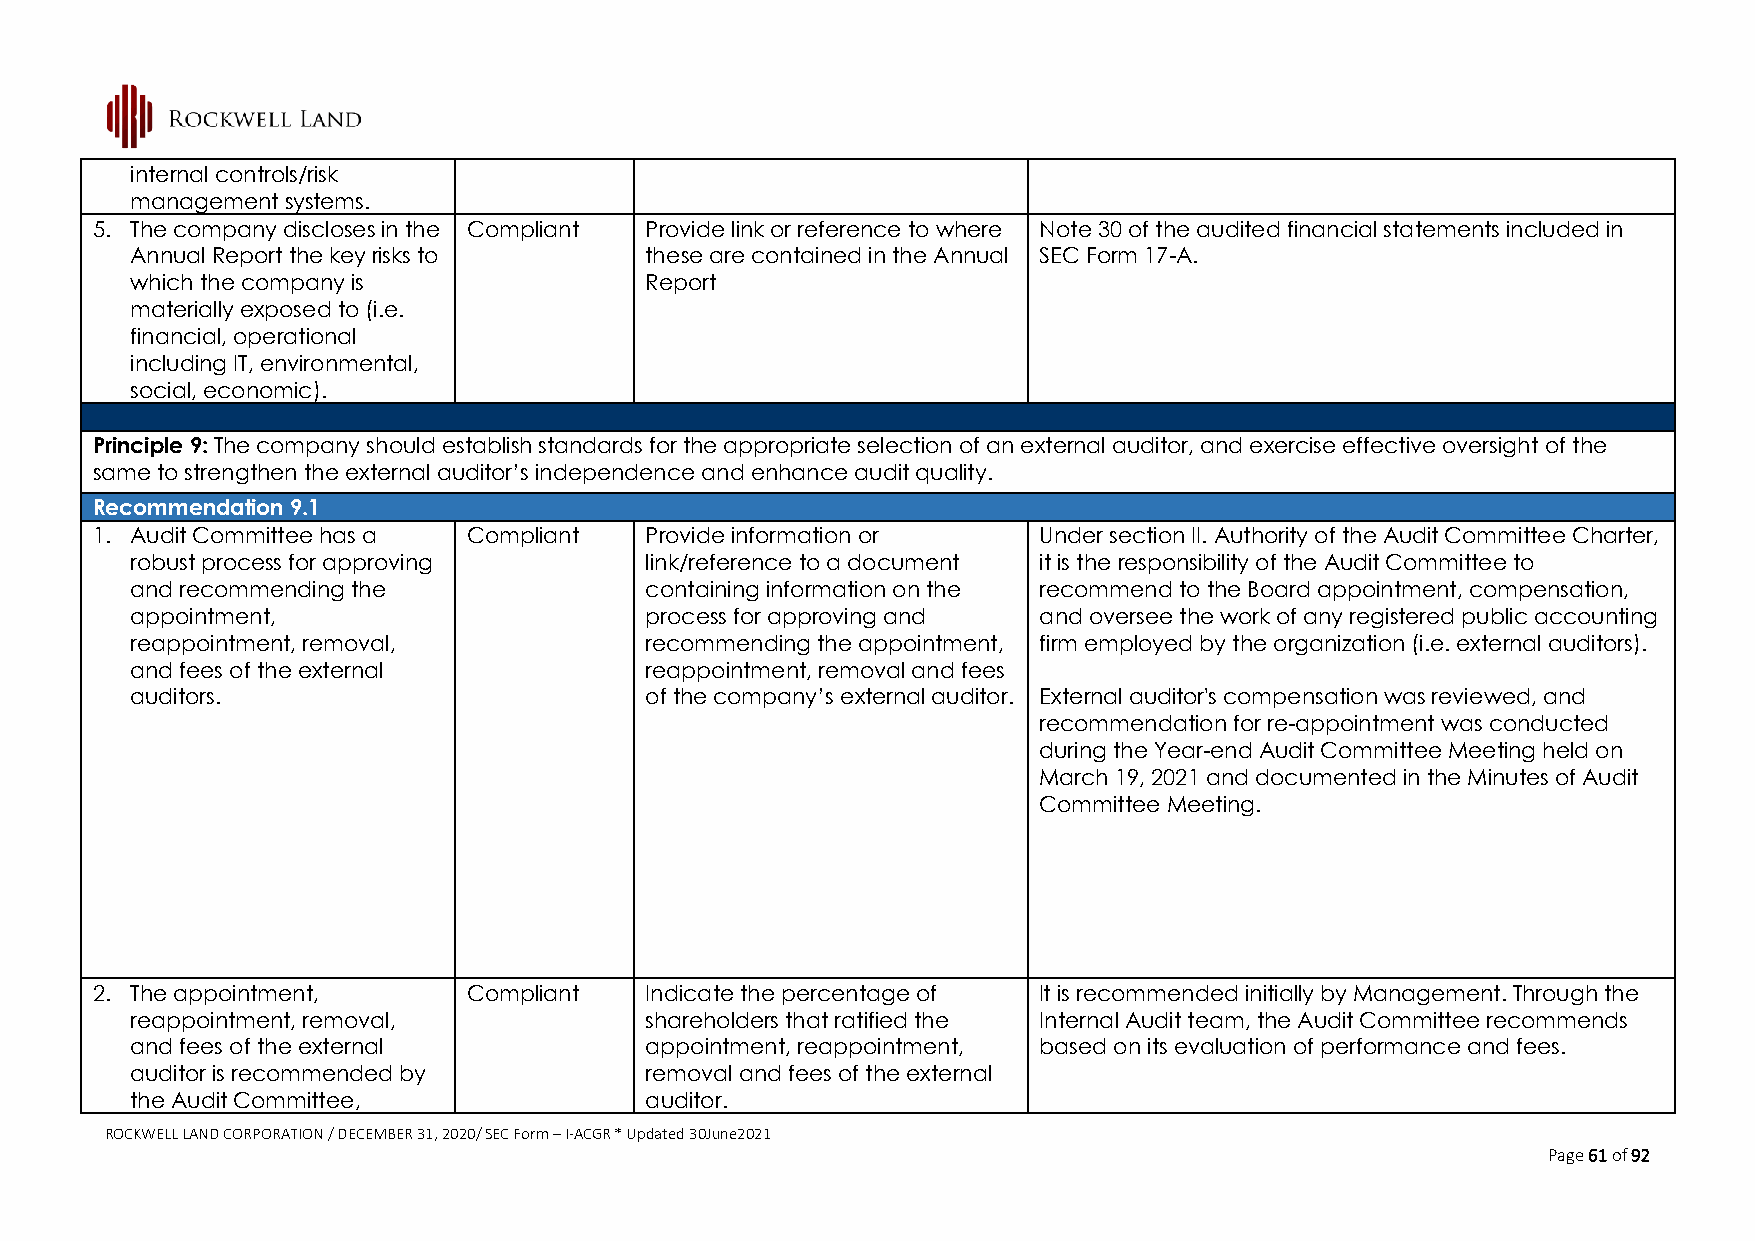
internal controls/risk
 management systems.
 5. The company discloses in the Compliant Provide link or reference to where Note 30 of the audited financial statements included in
 Annual Report the key risks to    these are contained in the Annual SEC Form 17-A.
 which the company is              Report
 materially exposed to (i.e.
 financial, operational
 including IT, environmental,
 social, economic).
 Principle 9: The company should establish standards for the appropriate selection of an external auditor, and exercise effective oversight of the
 same to strengthen the external auditor’s independence and enhance audit quality.
 Recommendation 9.1
 1. Audit Committee has a Compliant   Provide information or    Under section II. Authority of the Audit Committee Charter,
 robust process for approving      link/reference to a document it is the responsibility of the Audit Committee to
 and recommending the              containing information on the recommend to the Board appointment, compensation,
 appointment,                      process for approving and and oversee the work of any registered public accounting
 reappointment, removal,           recommending the appointment, firm employed by the organization (i.e. external auditors).
 and fees of the external          reappointment, removal and fees
 auditors.                         of the company’s external auditor. External auditor's compensation was reviewed, and
 recommendation for re-appointment was conducted
 during the Year-end Audit Committee Meeting held on
 March 19, 2021 and documented in the Minutes of Audit
 Committee Meeting.
 2. The appointment,      Compliant   Indicate the percentage of It is recommended initially by Management. Through the
 reappointment, removal,           shareholders that ratified the Internal Audit team, the Audit Committee recommends
 and fees of the external          appointment, reappointment, based on its evaluation of performance and fees.
 auditor is recommended by         removal and fees of the external
 the Audit Committee,              auditor.
 ROCKWELL LAND CORPORATION / DECEMBER 31, 2020/ SEC Form – I-ACGR * Updated 30June2021
 Page 61 of 92